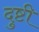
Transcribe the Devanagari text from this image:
दुष्टी